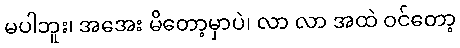
မပါဘူး၊ အအေး မိတော့မှာပဲ၊ လာ လာ အထဲ ဝင်တော့